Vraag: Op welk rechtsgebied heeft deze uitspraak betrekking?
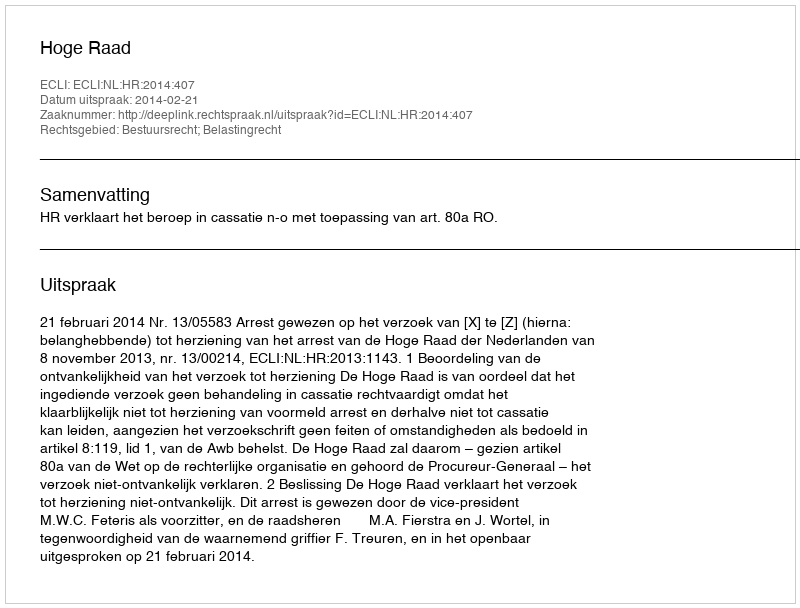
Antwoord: Bestuursrecht; Belastingrecht